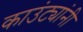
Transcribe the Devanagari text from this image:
काउंट्यांनी